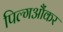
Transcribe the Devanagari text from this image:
पिल्गऔंकर